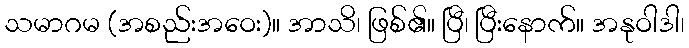
သမာဂမ (အစည်းအဝေး)။ အာသိ၊ ဖြစ်၏။ ပြီ၊ ပြီးနောက်။ အနုဝါဒါ၊